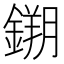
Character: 𮢮